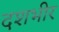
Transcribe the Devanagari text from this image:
दशभीर